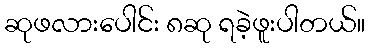
ဆုဖလားပေါင်း ၈ဆု ရခဲ့ဖူးပါတယ်။